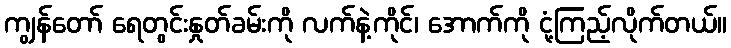
ကျွန်တော် ရေတွင်းနှုတ်ခမ်းကို လက်နဲ့ကိုင်၊ အောက်ကို ငုံ့ကြည့်လိုက်တယ်။